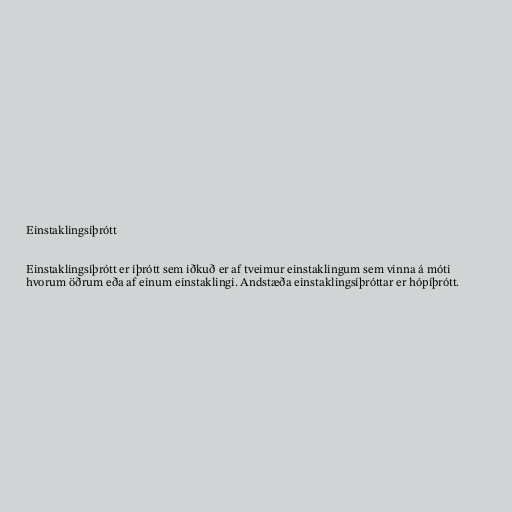
Einstaklingsíþrótt

Einstaklingsíþrótt er íþrótt sem iðkuð er af tveimur einstaklingum sem vinna á móti
hvorum öðrum eða af einum einstaklingi. Andstæða einstaklingsíþróttar er hópíþrótt.